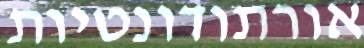
אורתודונטיות